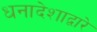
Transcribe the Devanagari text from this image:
धनादेशाद्वारे